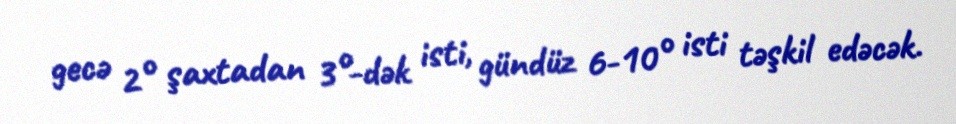
gecə 2° şaxtadan 3°-dək isti, gündüz 6-10° isti təşkil edəcək.